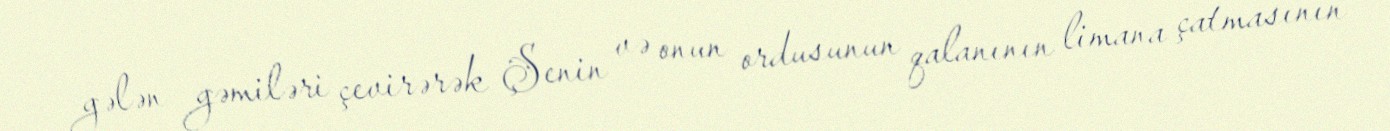
gələn gəmiləri çevirərək Şenin və onun ordusunun qalanının limana çatmasının